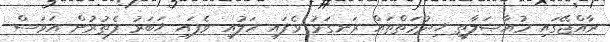
ރާއްޖޭގައި މުއާޞަލާތީ ޚިދުމަތްތައް ރަނގަޅު ވެފައި ހަލުއި ވެފައި ޚަބަރު ފެތުރުން އަވަސް